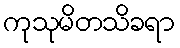
ကုသုမိတသိခရာ